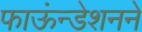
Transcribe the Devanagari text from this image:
फाऊंन्‍डेशनने